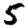
Digit: 5